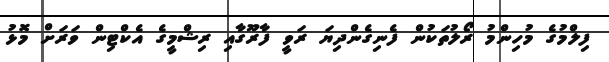
ފިލްމުގެ މުހިންމު ރޯލުތަކުން ފެނިގެންދިޔަ ރަވީ ފާރޫގާއި ރިޝްމީގެ އެކްޓިން ވަރަށް މޮޅު